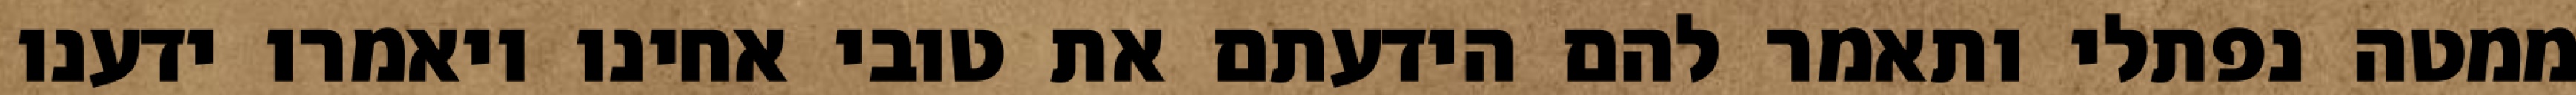
ממטה נפתלי ותאמר להם הידעתם את טובי אחינו ויאמרו ידענו